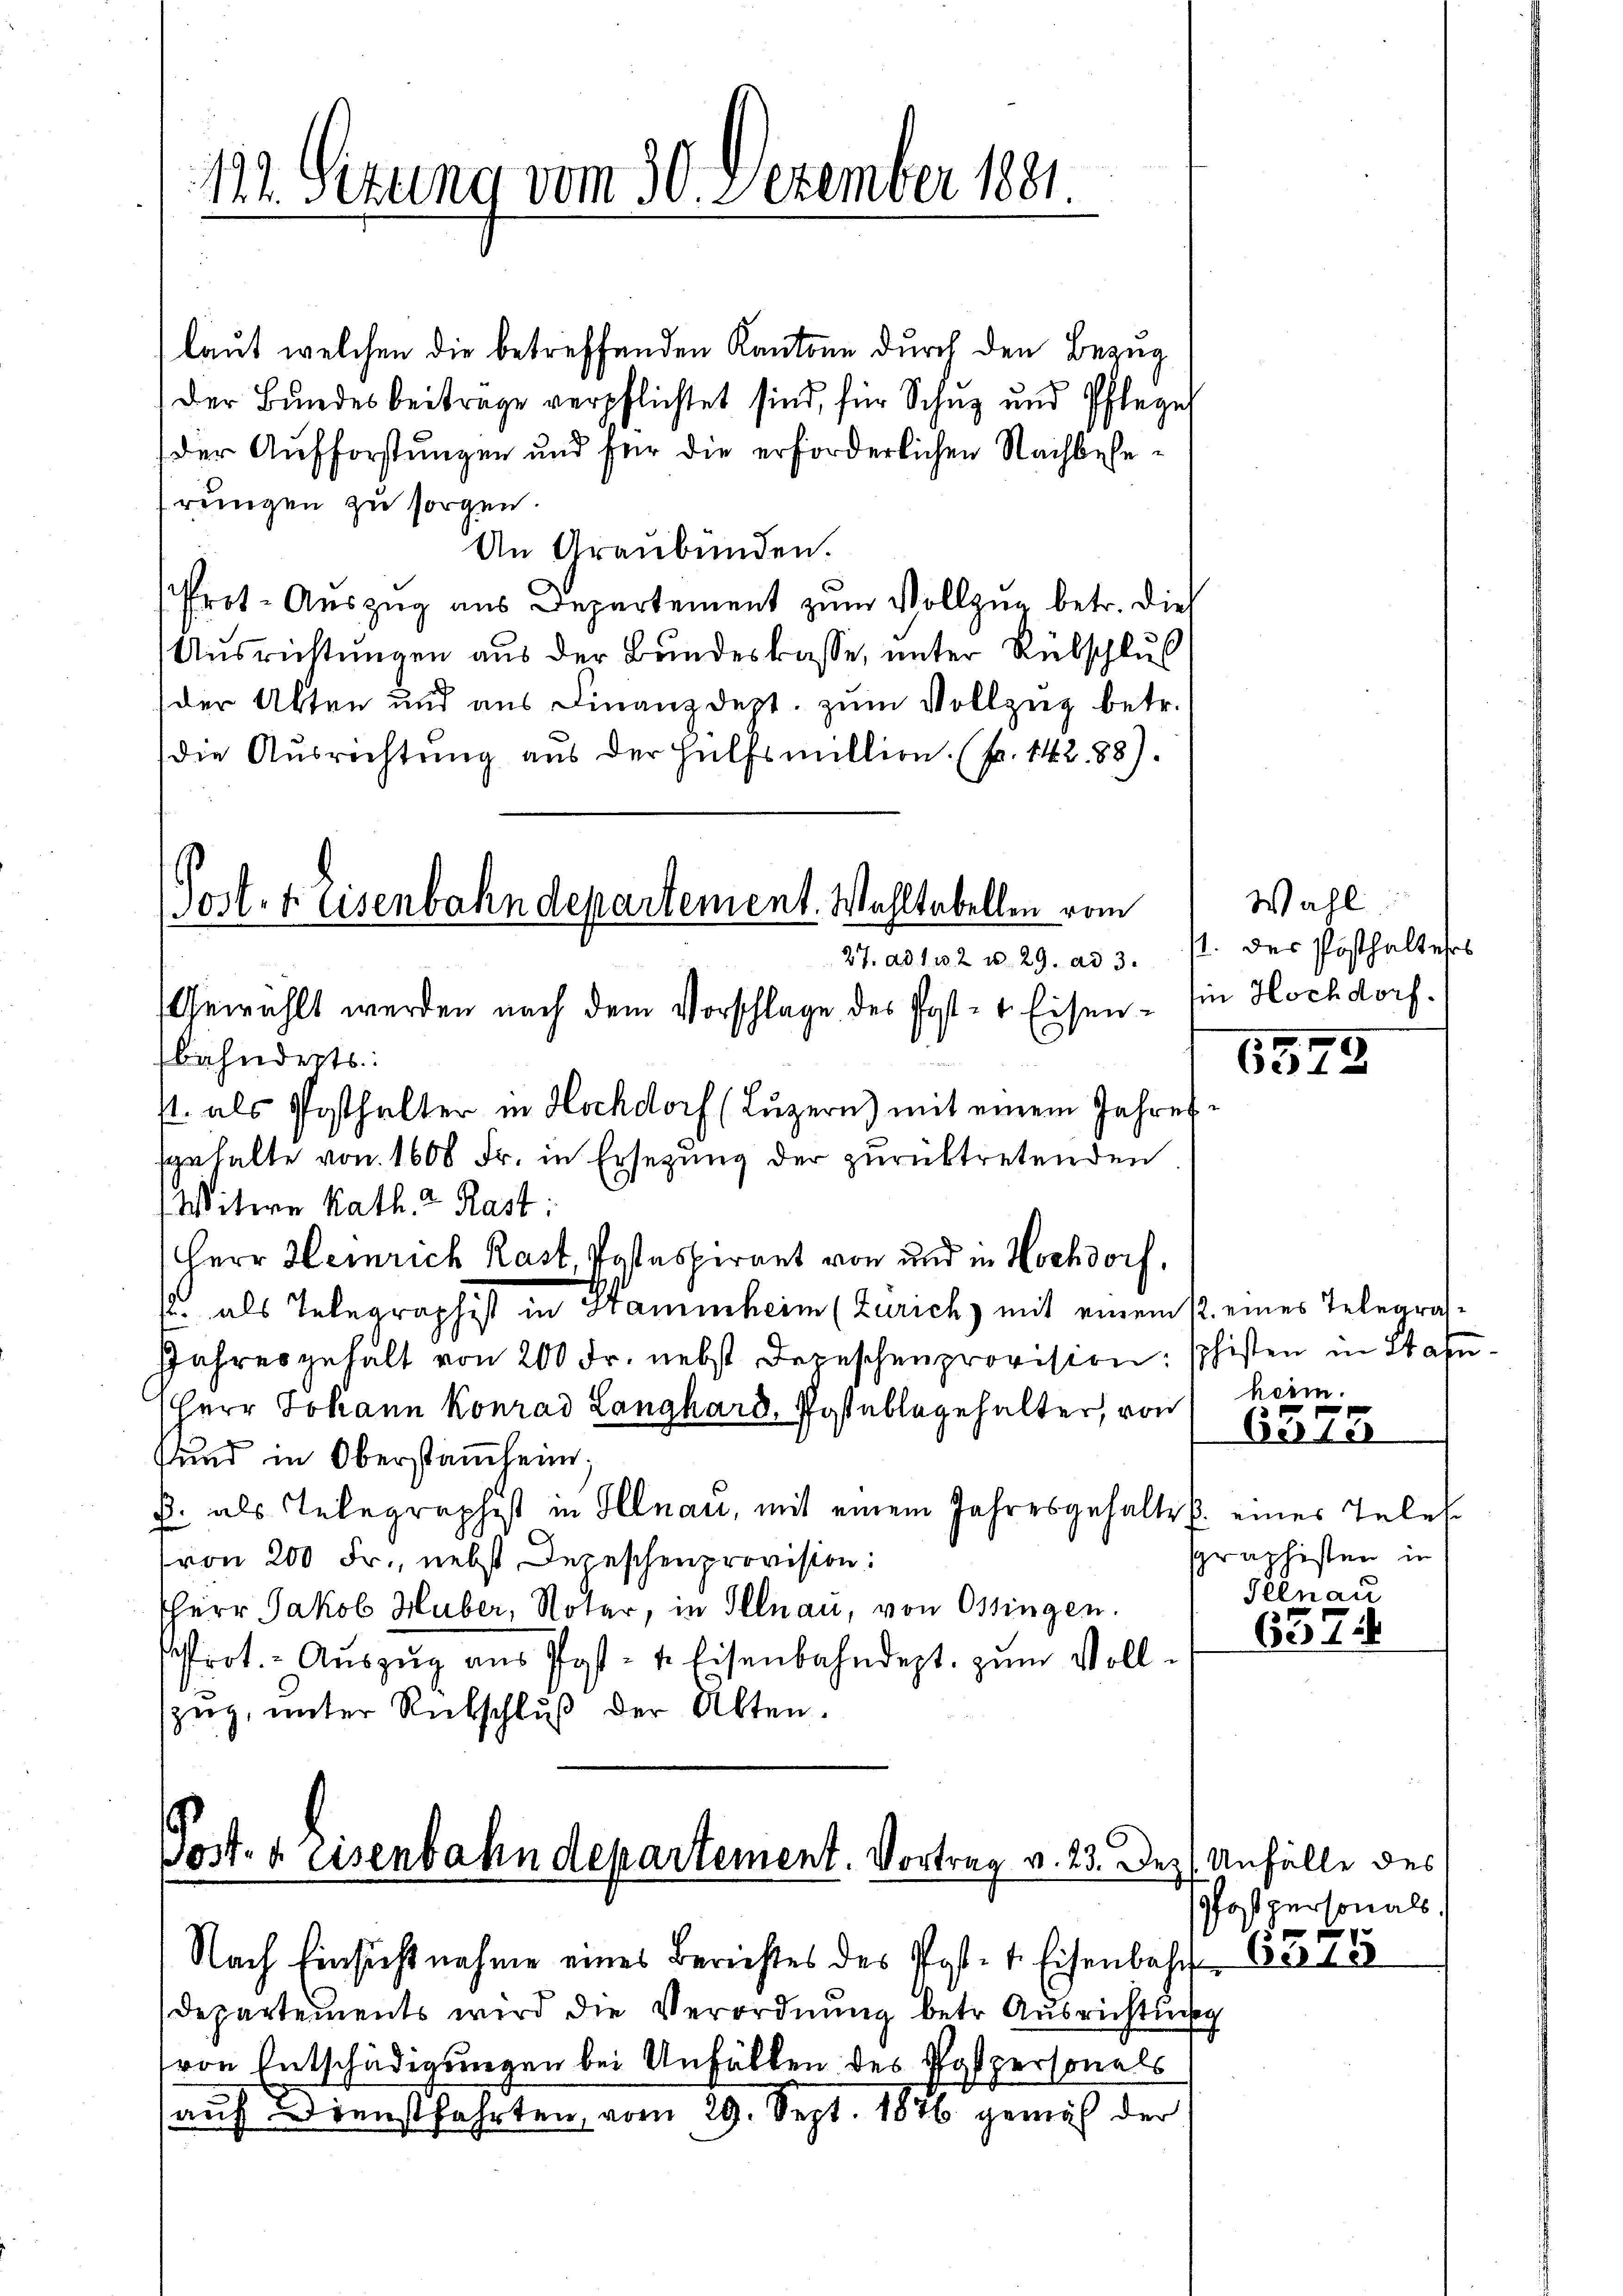
122. Sezung vom 30. Dezember 1881.

laut welchen die betreffenden Kantone durch den Bezug
Der Bundesbeitrage verpflichtet sind, für Schuz und Pflegel
der Aufforstungen und für die erforderlichen Nachbeherungen zu sorgen.
An Graubünden.
Prot. Auszug aus Departement zum Vollzug betr. dies
Ausrichtungen aus der Bundeskasse, unter Rübschluß
der Akten und aus Finanzdept. zum Vollzug betr.
die Ausrichtung aus der Hülfsmillion. (Nr. 142. 88).
bahnderts:
st. als Posthalter in Hochdorf (Luzern) mit einem Jahres
sgehalte von 1600 Fr. in Ersetzung der zurücktretenden
Witwe Kath. 2. Rast:
Herr Heinrich Rast Postaspirant von und in Hochdorf,
 als Telegraphist in Haminheim (Zürich) mit einem 12. eines Telegras¬
Jahres gehalt von 200 Fr. nebst Depeschenprovision; schisten in Stahe
Herr Johann Konrad Langhard, Postablegehalter, von heim.
und in Oberstammheim;
B. als Telegraphist in Illnau, mit einem Jahresgehalte eines Tele
von 200 Fr., nebst Depeschenprovision:
Herr Jakob Huber, Notar, in Illnau, von Ossingen.
sfort.- Aŭszŭg aŭs Post- u. Eisenbahndept. zum Vollzug, unter Rückschlŭβ der Alten.

Post- & Eisenbahndepartement. Wahltabellen vom
27. ad 1. w. 2 u. 29. ad 3.
Gewählt werden nach dem Vorschlage des Post- u. Eisen¬

Post- & Eisenbahndepartement. Vortrag v. 23. Dez. Unfälle des
Nach Einsichtnahme eines Berichtes des Post- 1. Eisenbahr 1375

Departements wird die Verordnung betr. Ausrichtung
(von Entschädigungen bei Anfällen des Pospersonals
auf Dienstfahrten, vom 29. Sept. 1876 gemäß der

Wahl
s. des Posthalters
in Hochdorf.

5579

6575

63.

graphisten in
Illnau

pfost personals.